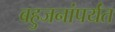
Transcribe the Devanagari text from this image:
बहुजनांपर्यंत